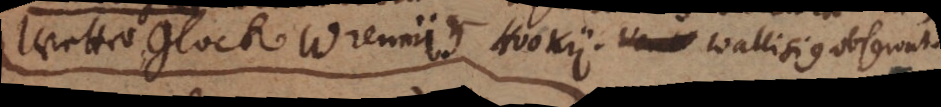
Wetter Glock Wrennii et Hookii Wallisius observat.